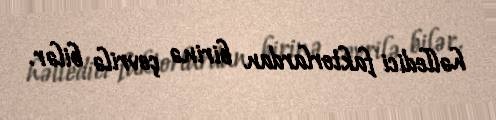
həlledici faktorlardan birinə çevrilə bilər.